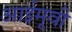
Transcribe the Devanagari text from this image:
आईमूवी